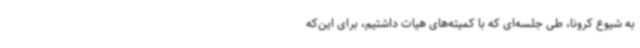
به شیوع کرونا، طی جلسه‌ای که با کمیته‌های هیات داشتیم، برای این‌که